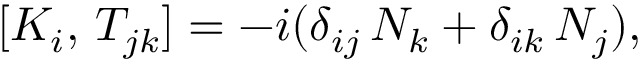
[ K _ { i } , \, T _ { j k } ] = - i ( \delta _ { i j } \, N _ { k } + \delta _ { i k } \, N _ { j } ) ,